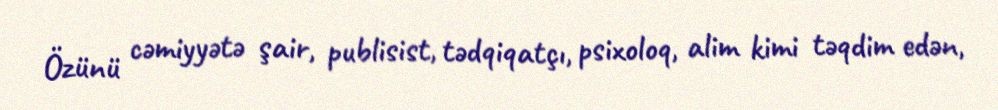
Özünü cəmiyyətə şair, publisist, tədqiqatçı, psixoloq, alim kimi təqdim edən,